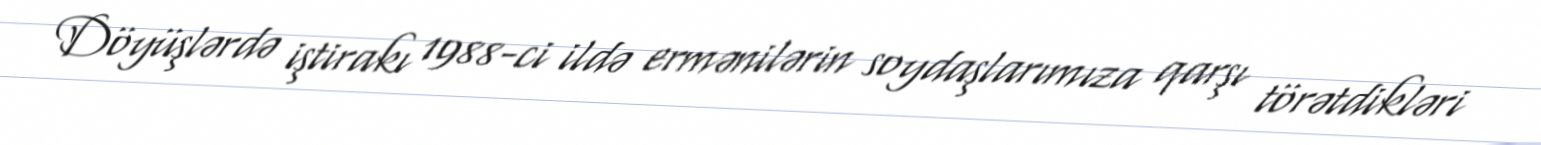
Döyüşlərdə iştirakı 1988-ci ildə ermənilərin soydaşlarımıza qarşı törətdikləri